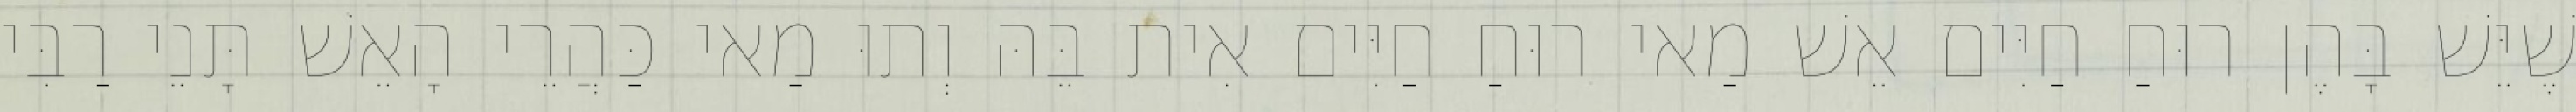
שֶׁיֵּשׁ בָּהֶן רוּחַ חַיִּים אֵשׁ מַאי רוּחַ חַיִּים אִית בֵּהּ וְתוּ מַאי כַּהֲרֵי הָאֵשׁ תָּנֵי רַבִּי